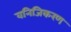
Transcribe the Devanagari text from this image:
वनिजिकरण